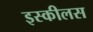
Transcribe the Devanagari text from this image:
इस्कीलस